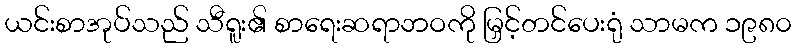
ယင်းစာအုပ်သည် သီရူး၏ စာရေးဆရာဘဝကို မြှင့်တင်ပေးရုံ သာမက ၁၉၈၀